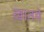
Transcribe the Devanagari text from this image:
ख़ातमे